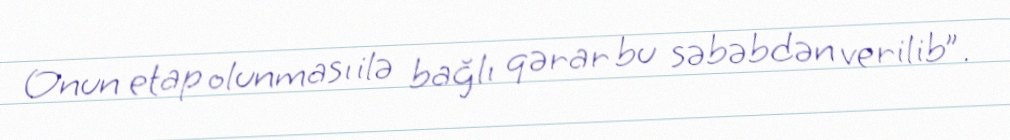
Onun etap olunması ilə bağlı qərar bu səbəbdən verilib”.